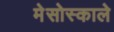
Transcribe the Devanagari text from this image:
मेसोस्काले